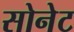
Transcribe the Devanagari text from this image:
सोनेट